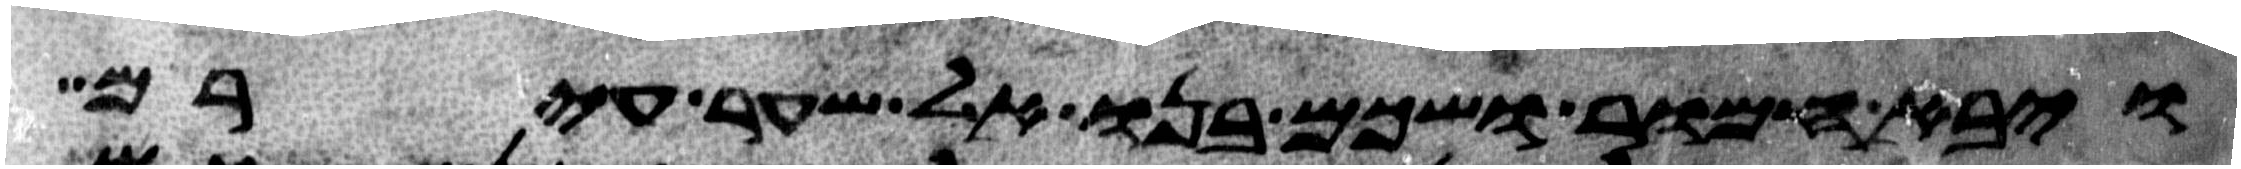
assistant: ויבא חמור ושכם בנו אל שער עירם